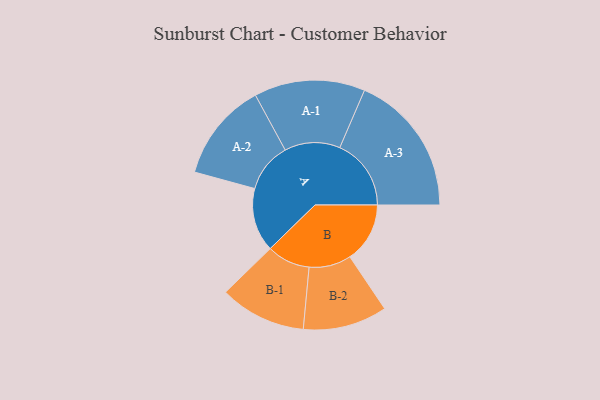
{"axis": {"x": "Segment", "y": "Value"}, "legend": ["", "A", "B"], "data": [{"x": "A", "y": 224, "type": ""}, {"x": "B", "y": 211, "type": ""}, {"x": "A-1", "y": 195, "type": "A"}, {"x": "A-2", "y": 174, "type": "A"}, {"x": "A-3", "y": 251, "type": "A"}, {"x": "B-1", "y": 152, "type": "B"}, {"x": "B-2", "y": 148, "type": "B"}]}